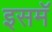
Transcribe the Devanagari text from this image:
इसमॅ